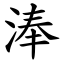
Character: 淎